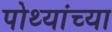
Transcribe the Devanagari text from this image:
पोथ्यांच्या